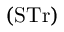
( { \mathrm { S T r } } )